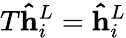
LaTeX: T\mathbf{\hat{h}}_{i}^{L}=\mathbf{\hat{h}}_{i}^{L}